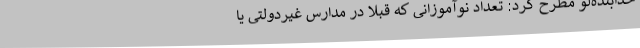
خدابنده‌لو مطرح کرد: تعداد نوآموزانی که قبلاً در مدارس غیردولتی یا